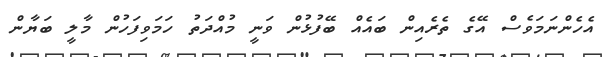
އެހެންނަމަވެސް އޭގެ ތެެރެއިން ބައެއް ބޭފުޅުން ވަނީ މުއްދަތު ހަމަވިފަހުން މާލީ ބަޔާން